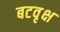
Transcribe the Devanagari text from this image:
बटवृक्ष